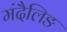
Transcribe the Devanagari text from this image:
मंदैलिङ